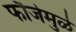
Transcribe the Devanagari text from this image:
फौजेमुळे